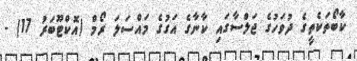
ކާބޯތަކެތީގެ ދުވަހުގެ ޖަލްސާގައި ކާނާގެ އަގުގެ މައްސަލަ ރޯމް (އޮކްޓޫބަރު 17) -